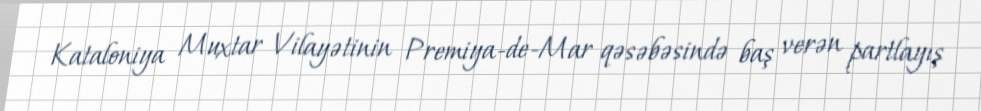
Kataloniya Muxtar Vilayətinin Premiya-de-Mar qəsəbəsində baş verən partlayış